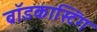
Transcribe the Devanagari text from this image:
ब्राॅडकास्टिंग